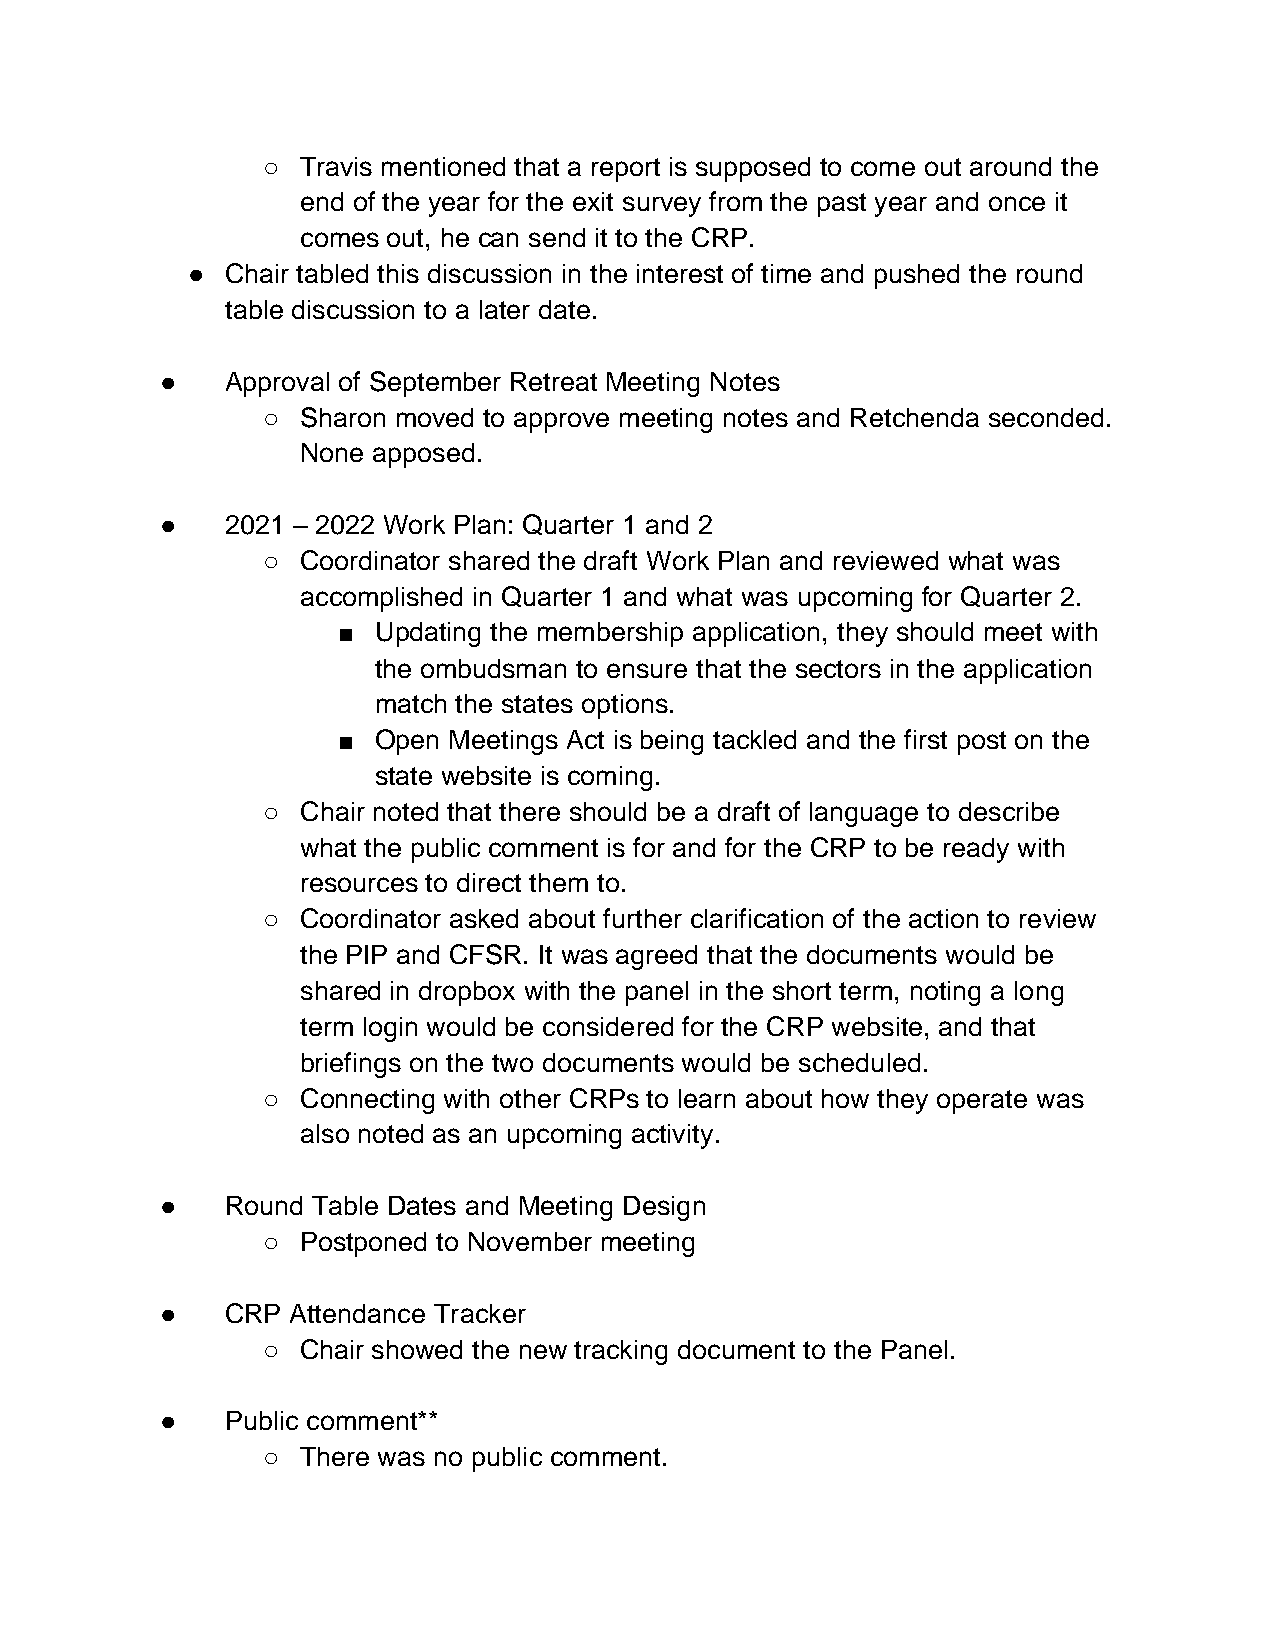
○  Travis mentioned that a report is supposed to come out around the
 end of the year for the exit survey from the past year and once it
 comes out, he can send it to the CRP.
 ●  Chair tabled this discussion in the interest of time and pushed the round
 table discussion to a later date.
 ●   Approval of September Retreat Meeting Notes
 ○  Sharon moved to approve meeting notes and Retchenda seconded.
 None apposed.
 ●   2021 – 2022 Work Plan: Quarter 1 and 2
 ○  Coordinator shared the draft Work Plan and reviewed what was
 accomplished in Quarter 1 and what was upcoming for Quarter 2.
 ■  Updating the membership application, they should meet with
 the ombudsman to ensure that the sectors in the application
 match the states options.
 ■  Open Meetings Act is being tackled and the first post on the
 state website is coming.
 ○  Chair noted that there should be a draft of language to describe
 what the public comment is for and for the CRP to be ready with
 resources to direct them to.
 ○  Coordinator asked about further clarification of the action to review
 the PIP and CFSR. It was agreed that the documents would be
 shared in dropbox with the panel in the short term, noting a long
 term login would be considered for the CRP website, and that
 briefings on the two documents would be scheduled.
 ○  Connecting with other CRPs to learn about how they operate was
 also noted as an upcoming activity.
 ●   Round Table Dates and Meeting Design
 ○  Postponed to November meeting
 ●   CRP Attendance Tracker
 ○  Chair showed the new tracking document to the Panel.
 ●   Public comment**
 ○  There was no public comment.